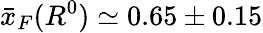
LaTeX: \bar{x}_{F}(R^{0})\simeq 0.65\pm 0.15